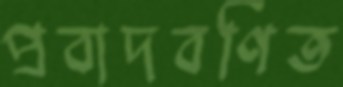
প্রবাদবর্ণিত